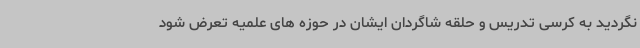
نگردید به کرسی تدریس و حلقه شاگردان ایشان در حوزه های علمیه تعرض شود